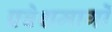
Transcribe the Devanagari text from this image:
प्रवेशमार्गों